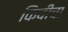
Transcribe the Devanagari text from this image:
किवीचा